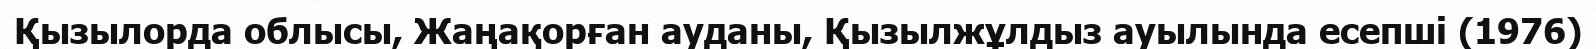
Қызылорда облысы, Жаңақорған ауданы, Қызылжұлдыз ауылында есепші (1976)